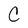
Character: C